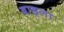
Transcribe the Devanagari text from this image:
बाड्ला